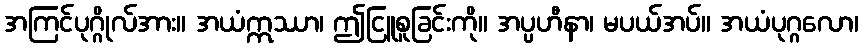
အကြင်ပုဂ္ဂိုလ်အား။ အယံဣဿာ၊ ဤငြူစူခြင်းကို။ အပ္ပဟီနာ၊ မပယ်အပ်။ အယံပုဂ္ဂလော၊